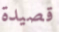
قصيدة